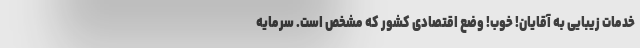
خدمات زیبایی به آقایان! خوب! وضع اقتصادی کشور که مشخص است. سرمایه